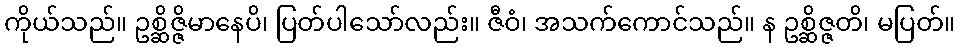
ကိုယ်သည်။ ဥစ္ဆိဇ္ဇိမာနေပိ၊ ပြတ်ပါသော်လည်း။ ဇီဝံ၊ အသက်ကောင်သည်။ န ဥစ္ဆိဇ္ဇတိ၊ မပြတ်။